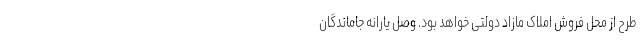
طرح از محل فروش املاک مازاد دولتی خواهد بود. وصل یارانه جاماندگان